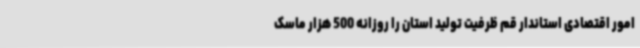
امور اقتصادی استاندار قم ظرفیت تولید استان را روزانه 500 هزار ماسک